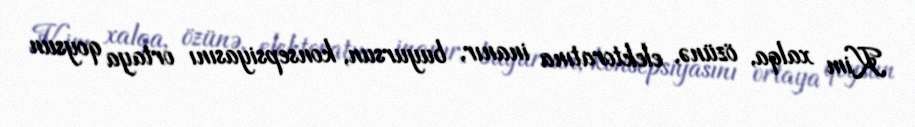
Kim xalqa, özünə, elektoratına inanır, buyursun, konsepsiyasını ortaya qoysun